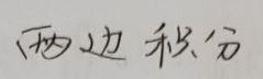
两边积分